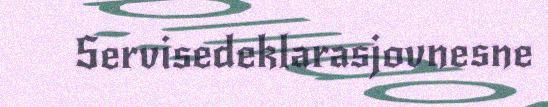
Servisedeklarasjovnesne